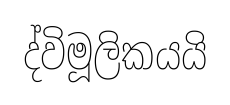
ද්විමූලිකයයි